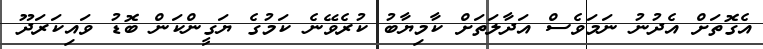
އެގޮތަށް އެދުނު ނަމަވެސް އަދާލަތަށް ކާމިޔާބު ކުރެވޭނެ ކަމުގެ ޔަގީންކަން ބޮޑު ވައިކަރަދޫ